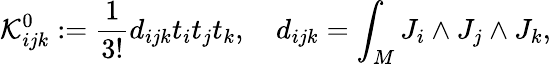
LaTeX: {\cal K}_{ijk}^{0}:=\frac{1}{3!}d_{ijk}t_{i}t_{j}t_{k},\quad d_{ijk}=\int_{M}J_{i}\wedge J_{j}\wedge J_{k},